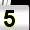
Digit: 5